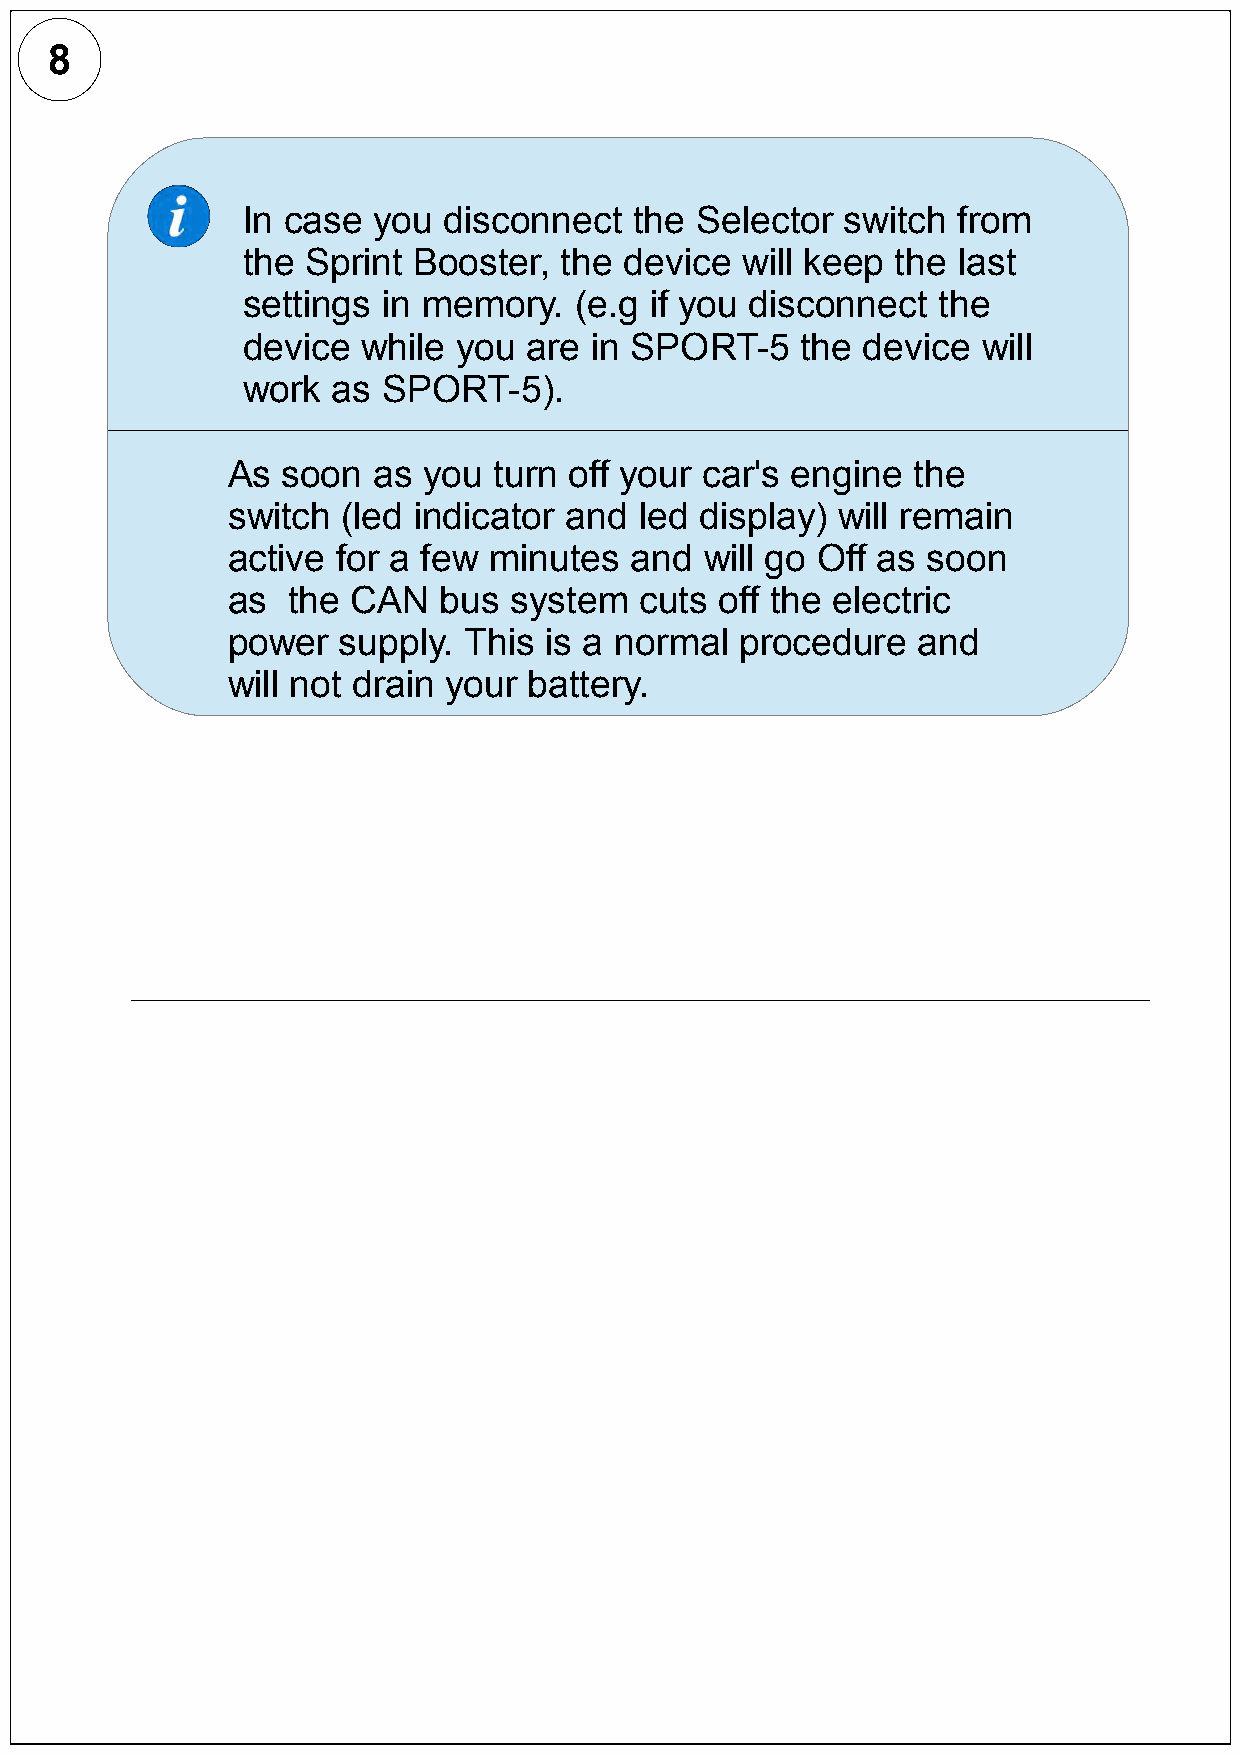
8
 In case  you disconnect   the Selector  switch from
 the Sprint Booster,  the device  will keep the last
 settings in memory.   (e.g if you disconnect  the
 device  while you  are in SPORT-5    the device  will
 work  as SPORT-5).
 As  soon  as you  turn off your car's engine the
 switch  (led indicator and led display) will remain
 active for a few minutes   and  will go Off as soon
 as  the CAN   bus  system  cuts  off the electric
 power  supply.  This is a normal  procedure   and
 will not drain your battery.